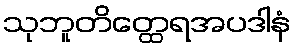
သုဘူတိတ္ထေရအပဒါနံ